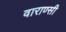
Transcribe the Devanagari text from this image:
वाराण्सी